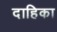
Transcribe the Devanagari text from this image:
दाहिका